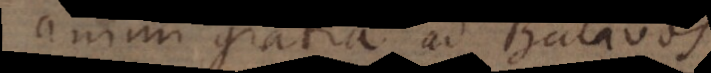
animi gratia ad Batavos